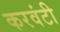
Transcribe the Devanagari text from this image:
करवंटी